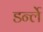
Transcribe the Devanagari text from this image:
डर्न्ले